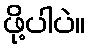
ဖို့ပါပဲ။